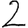
Digit: 2